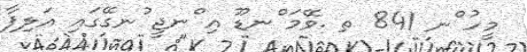
މީހު ްނ 841 ތ .ވޭމަ ްނޑޫ އި ްނޖީ ުނގޭގައި އަލިފާ